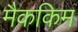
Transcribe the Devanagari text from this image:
मैककिम